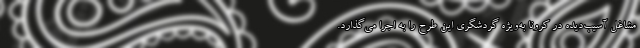
مشاغل آسیب‌دیده در کرونا به‌ویژه گردشگری این طرح را به اجرا می‌گذارد.